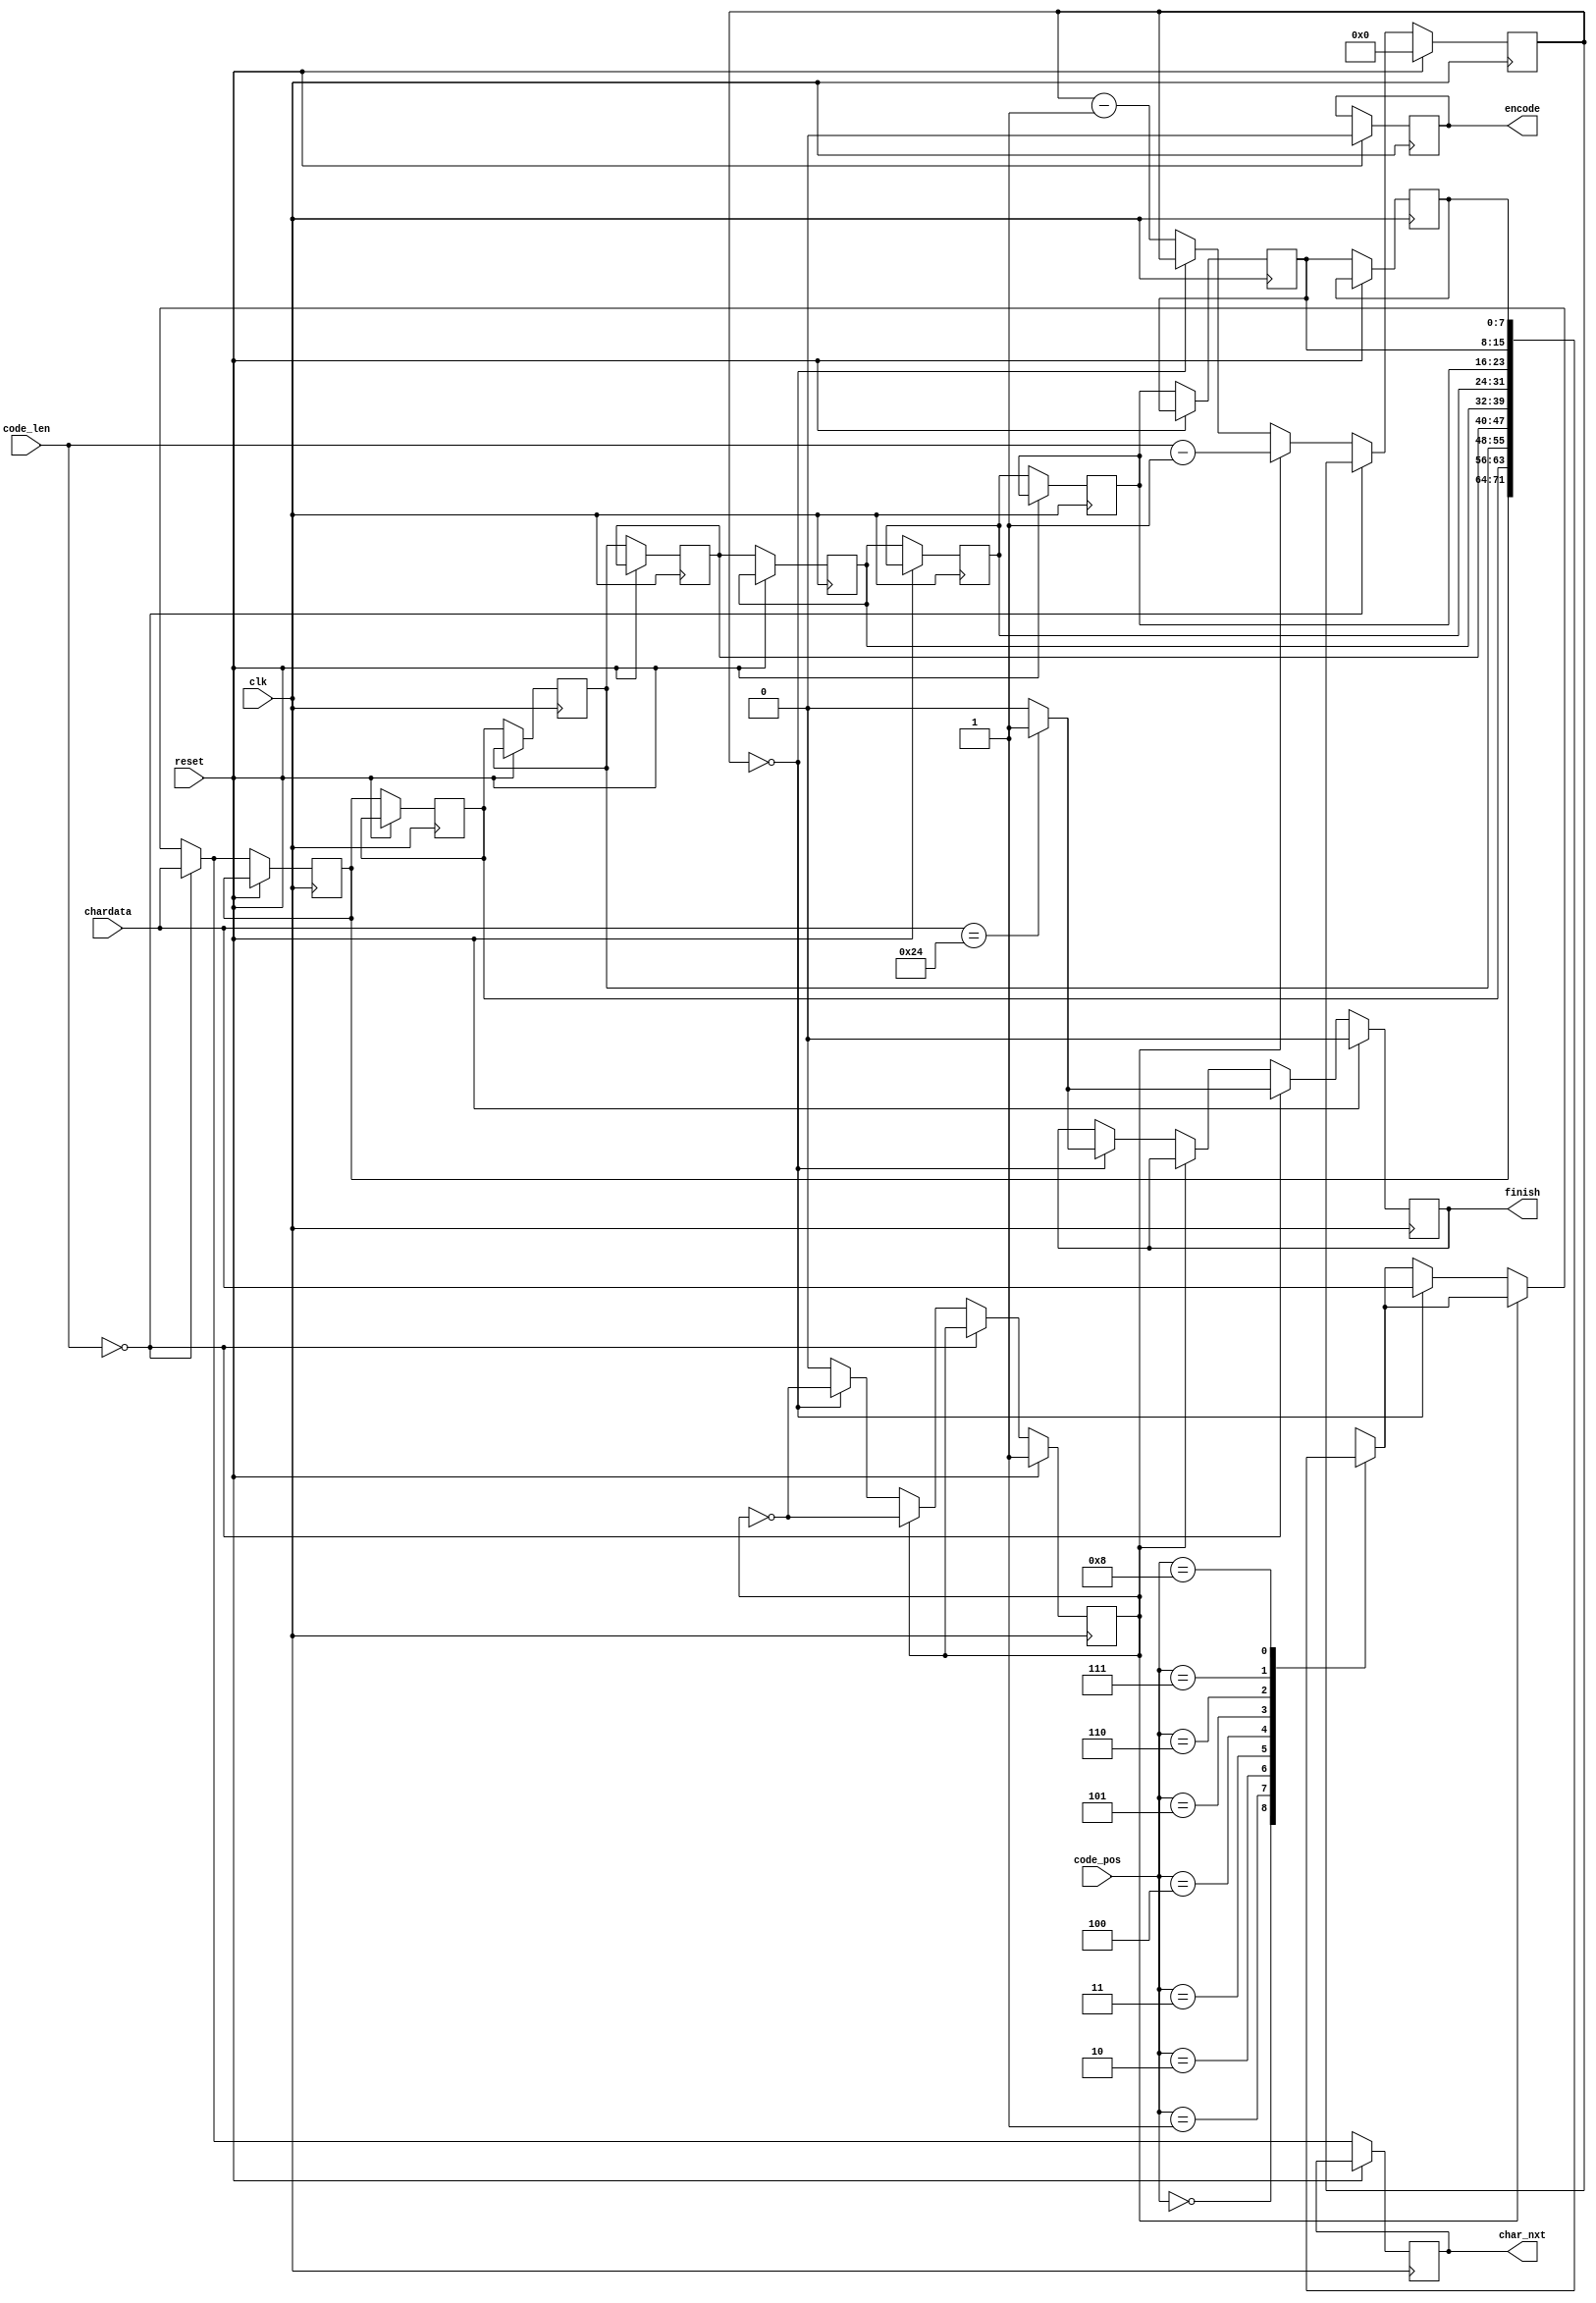
module LZ77_Decoder(clk,reset,code_pos,code_len,chardata,encode,finish,char_nxt);

input 				clk;
input 				reset;
input 		[3:0] 	code_pos;
input 		[2:0] 	code_len;
input 		[7:0] 	chardata;
output  			encode;
output  			finish;
output 	 	[7:0] 	char_nxt;
reg     			encode;
reg		  			finish;
reg 	 	[7:0] 	char_nxt;

// For Search Buffer
reg			[7:0]   search_buffer [8:0];
reg			[3:0]	search_buffer_address;

// Counter of the iteration time
reg			[3:0]	iteration_time;

// 
reg 				start;

// Only for decoding state
// Don't hane to build finite state machine

always@(posedge clk) begin
	if(reset) begin
		encode 			<= 0;
		finish 			<= 0;
		iteration_time 	<= 0;
		start 			<= 1;
	end
	else begin
		// No matching: Directly put the input to the first bit of the search_buffer, and the result.
		if(code_len == 0) begin
			search_buffer[0] 			<= chardata;
			char_nxt 					<= chardata;
			// Terminal Condition of the decoder
			if(chardata == 36) begin
				finish 	<= 1;
			end
			else begin
				finish	<= 0;
			end
		end
		// Matching at least 1 element
		else begin
			// First Round: Because that code_len != 0 
			// => Terminal Condition of the decoder will not occur in the first round
			if(start == 1) begin
				// If Start this round, then pull down the "start" signal
				start 					<= ~start;
				// set the iteration time
				iteration_time 			<= code_len - 1;

				search_buffer[0] 		<= search_buffer[code_pos];
				char_nxt 				<= search_buffer[code_pos];
			end
			// Final Round
			else if(iteration_time == 0) begin
				// If finish this round, then pull up the "start" signal
				start 					<= ~start;
				
				search_buffer[0] 		<= chardata;
				char_nxt 				<= chardata;
				
				if(chardata == 36) begin
					finish 				<= 1;
				end
				else begin
					finish				<= 0;
				end
			end 
			else begin
				search_buffer[0] 		<= search_buffer[code_pos];
				char_nxt 				<= search_buffer[code_pos];
				// counter for the iteration time
				iteration_time 			<= iteration_time - 1;
			end
		end
		// Push the input to the front bit
		for(search_buffer_address = 0; search_buffer_address < 8; search_buffer_address = search_buffer_address + 1) begin
			search_buffer[search_buffer_address + 1] <= search_buffer[search_buffer_address];
		end
	end
end
endmodule